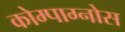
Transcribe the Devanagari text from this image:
कोम्पाग्नोस